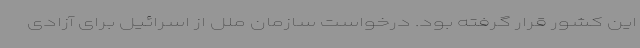
این کشور قرار گرفته بود. درخواست سازمان ملل از اسرائیل برای آزادی